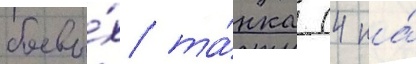
боевы́х та́нка (4 на́